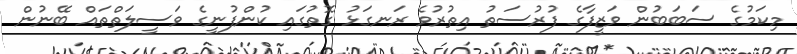
މިކަމުގެ ސަބަބުން ވަޒީފާގެ ފުރުސަތު އިތުރުވެ ރަނގަޅު ގޮތުގައި ކުންފުނީގެ ވަސީލަތްތައް ބޭނުން